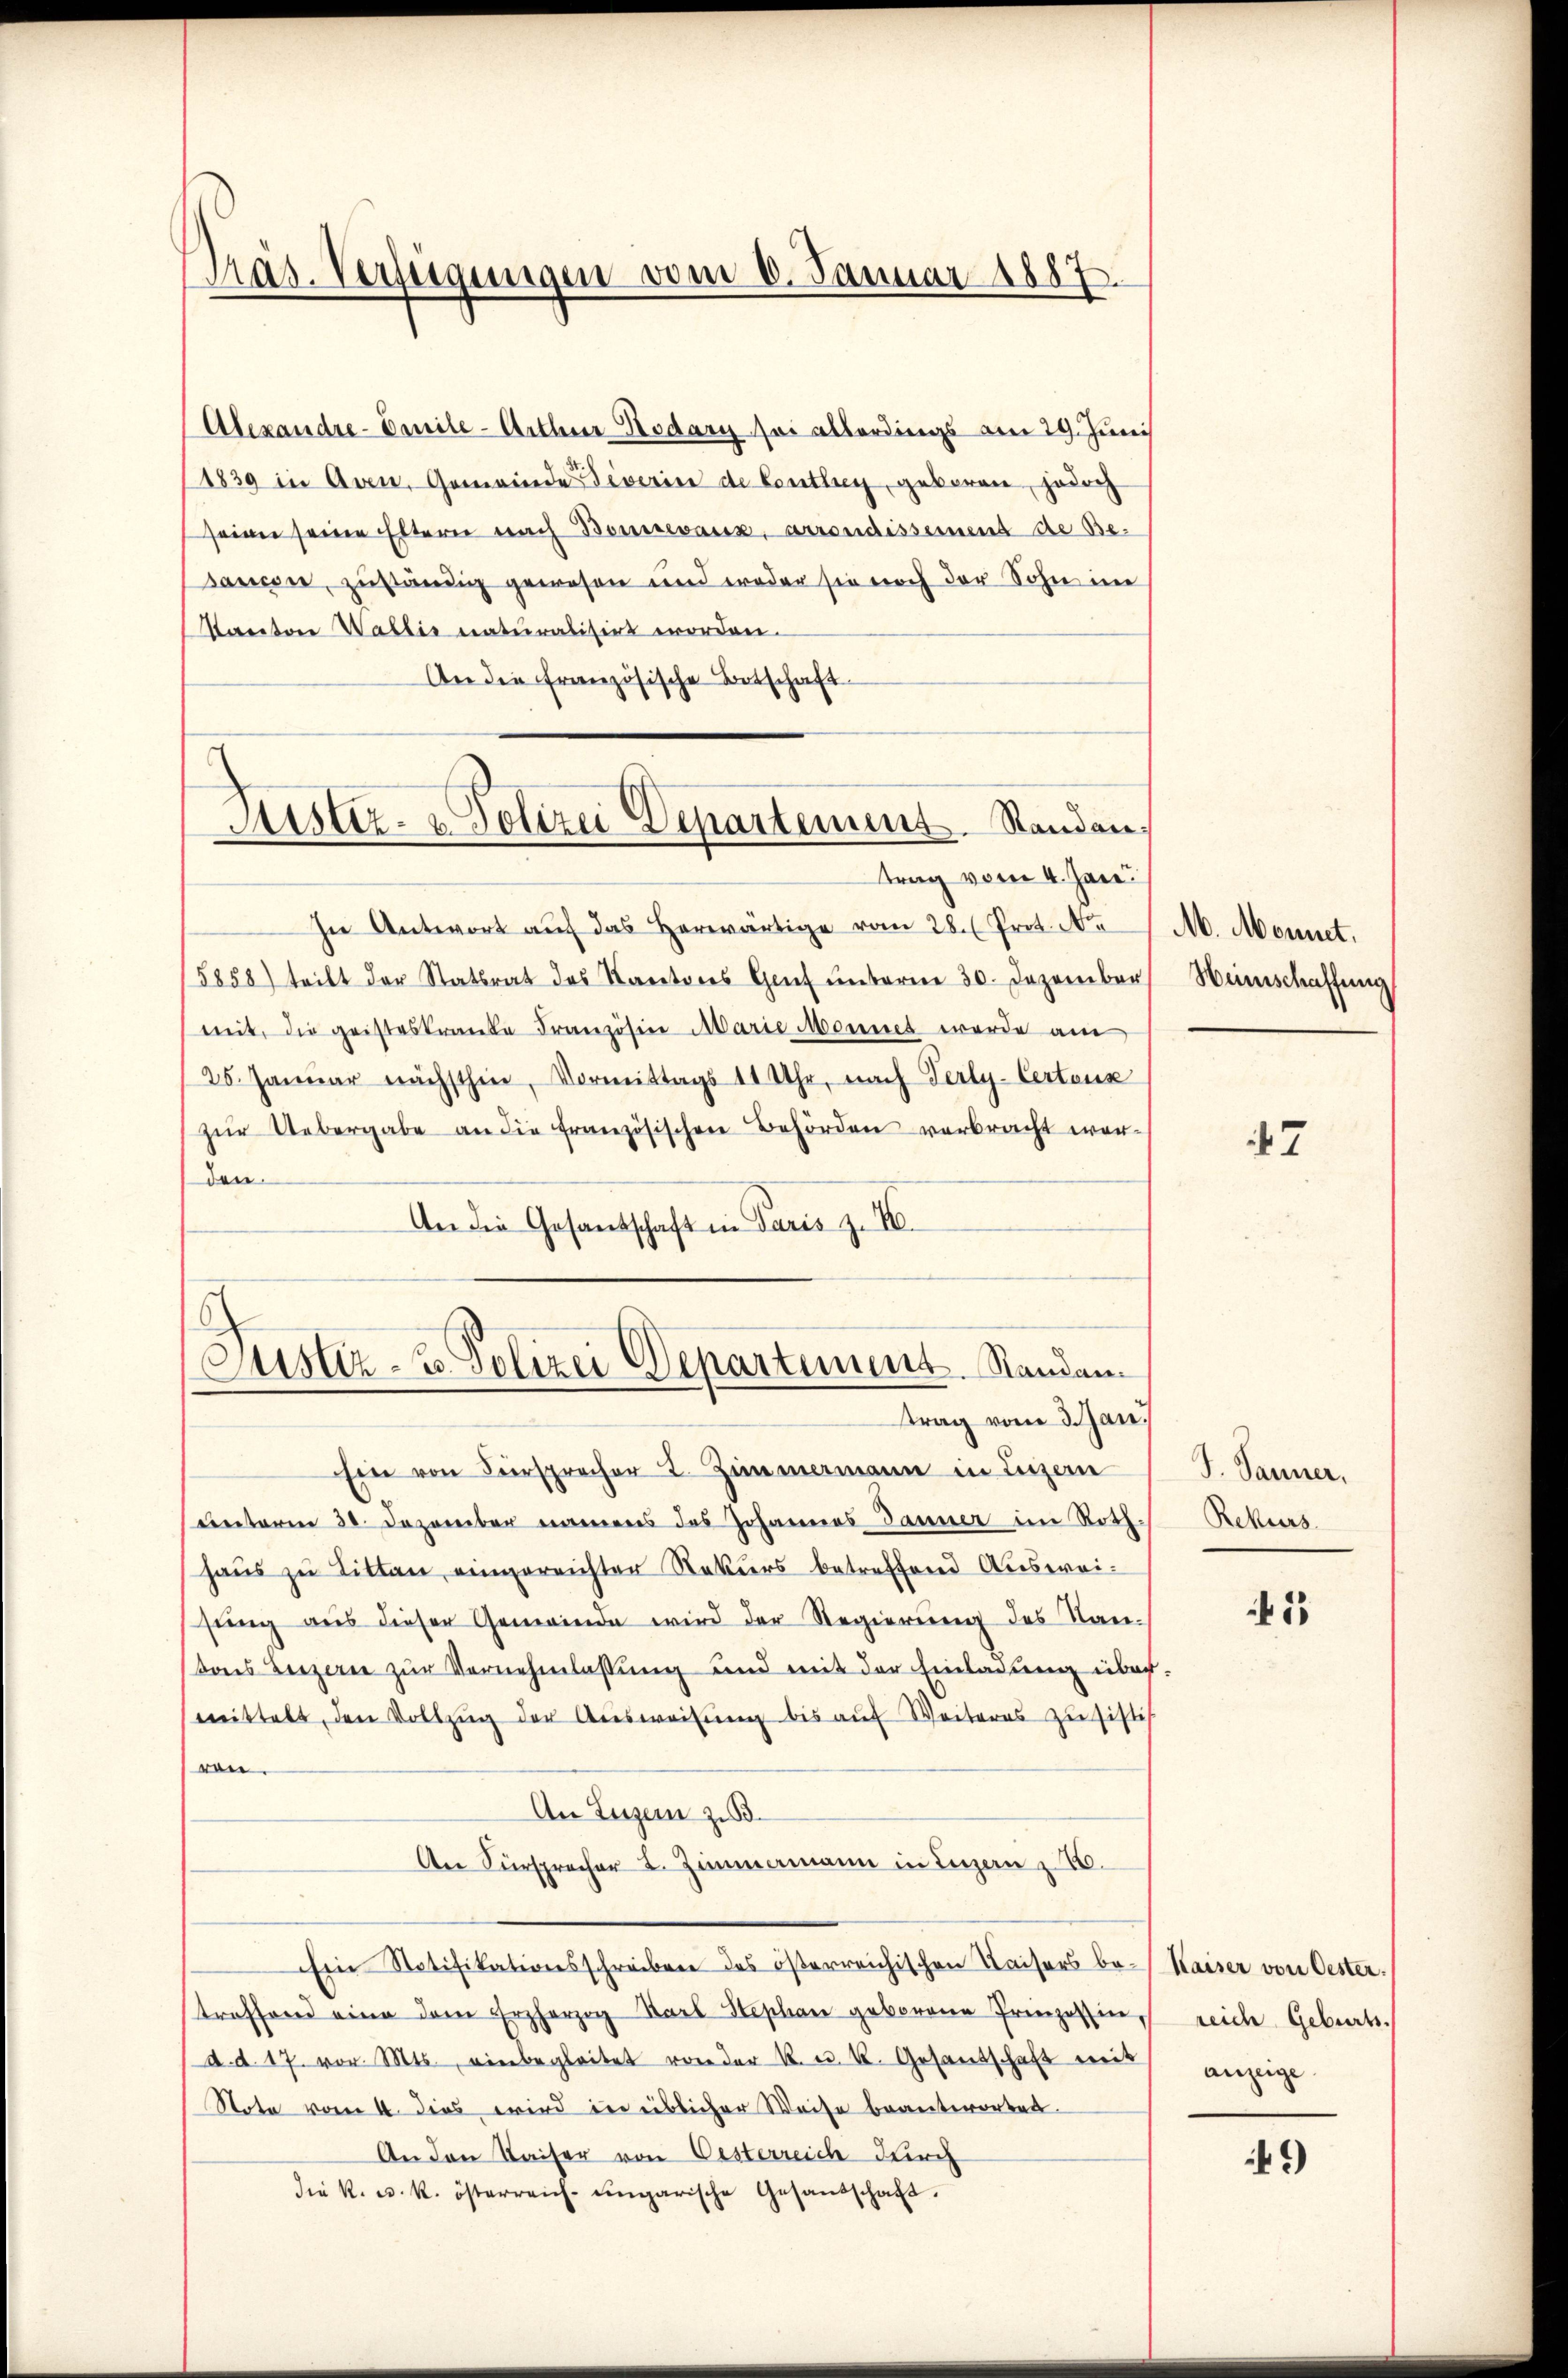
Präs. Verfügungen vom 6. Januar 1887.

Alexandre-Emile-Arthur Nodary sei allerdings am 29. Juni
(1839 in Aven, Gemeinde everin de Conthey, geboren, jedoch
seine seine Eltern nach Bomrevaux, arrondissement de Be-
sancen, zuständig gewesen und weder sie noch der Sohn in
Pacetore Wallis naturalisirt worden.
An die Französische Botschaft
In Antwort auf das Herwärtige vom 28. (Prot. N
5858) teilt der Statsrat des Kartores Genf unterm 30. Dezember
mit, die geisteskranke Französine Marie Monnet werde am
25. Janŭar nächsthin, Vormittags 11 Uhr, nach Terly-Certons
zŭr Uebergabe an die französischen Behörden verbracht worden.
An die Gesandschaft in Paris z. 40.
Justiz- & Polizei Departement. Standam
ttrag vom 3. Jan.
sin von Fürsprocher 2. Zimmermann in Luzern
unterm 30. Dezember namens das Johannes Danner im Rothhaus zu Litten, eingereichten Nakiers betreffend Ausweisŭng aŭs dieser Gemeinde wird der Regierŭng des San-
Dans Heizern zur Vernehmlassung und mit der Einladung über-
mittelt, den Vollzŭg der Aŭsweisŭng bis aŭf Weiteres zu sistis
ron.
An Luzern zu
An Fürsprocher L. Zimmermann in Luzern z. B.
Ein Notifikationsschreiben des österreichischen Kaisers be- Kaiser von Oester.
treffend eine dem Erzherzig Karl Stephan geborene Prinzessin, reich Geburts.
d. d. 17. vor. Mts. einbegleitet von der K. u. k. Gesandschaft es anzeige
Note vom 4. dies wird in üblicher Weise beantworten.
An den Kaiser von Oesterreich durch
die K. u. k. österreich-ungarische Gesandschaft.

Justiz- & Polizei Departement. Standen,
trag vom 4. Jan.

M. Monnet,
Heinschaffung

47

J. Janner,
Rekurs

55

49